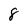
Character: 8